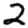
Digit: 2